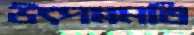
উৎপন্নমতি